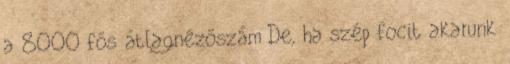
a 8000 fős átlagnézőszám De, ha szép focit akarunk